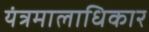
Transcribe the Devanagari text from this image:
यंत्रमालाधिकार